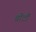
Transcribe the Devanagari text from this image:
चीटीं